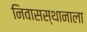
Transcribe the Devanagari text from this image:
निवासस्थानाला